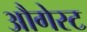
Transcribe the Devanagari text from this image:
औगेस्ट